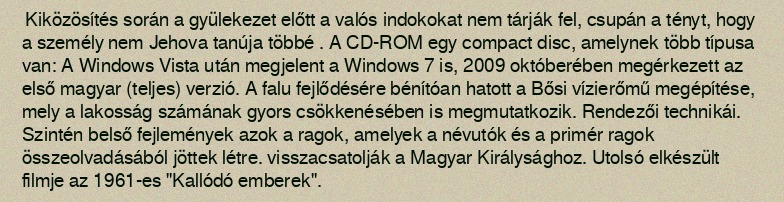
Kiközösítés során a gyülekezet előtt a valós indokokat nem tárják fel, csupán a tényt, hogy a személy nem Jehova tanúja többé . A CD-ROM egy compact disc, amelynek több típusa van: A Windows Vista után megjelent a Windows 7 is, 2009 októberében megérkezett az első magyar (teljes) verzió. A falu fejlődésére bénítóan hatott a Bősi vízierőmű megépítése, mely a lakosság számának gyors csökkenésében is megmutatkozik. Rendezői technikái. Szintén belső fejlemények azok a ragok, amelyek a névutók és a primér ragok összeolvadásából jöttek létre. visszacsatolják a Magyar Királysághoz. Utolsó elkészült filmje az 1961-es "Kallódó emberek".